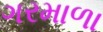
ગરમાળા